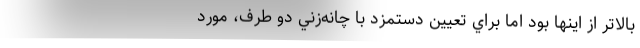
بالاتر از اينها بود اما براي تعيين دستمزد با چانه‌زني دو طرف، مورد